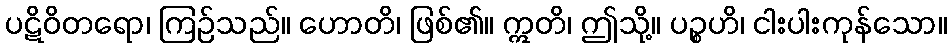
ပဋိဝိတရော၊ ကြဉ်သည်။ ဟောတိ၊ ဖြစ်၏။ ဣတိ၊ ဤသို့။ ပဉ္စဟိ၊ ငါးပါးကုန်သော။